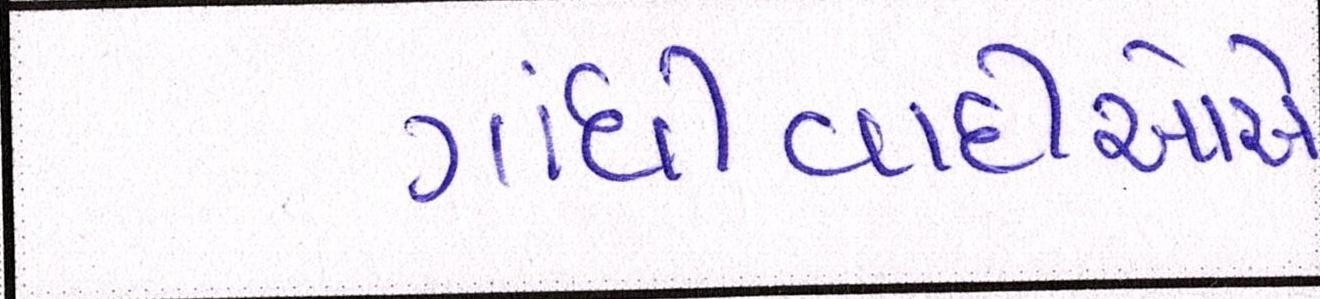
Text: ગાંધીવાદીઓએ